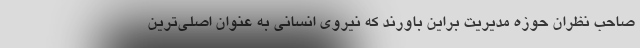
صاحب نظران حوزه مدیریت براین باورند که نیروی انسانی به عنوان اصلی‌ترین